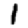
Digit: 1